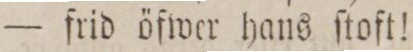
— frid öfwer hans ſtoft!